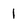
Character: 1